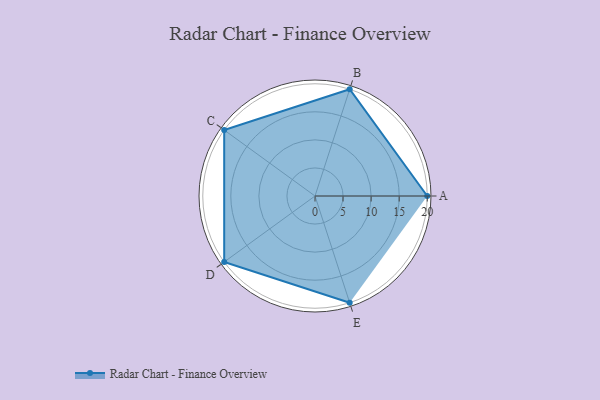
{"axis": {"x": "Skill", "y": "Score"}, "legend": ["Profile"], "data": [{"x": "A", "y": 20, "type": "Profile"}, {"x": "B", "y": 20, "type": "Profile"}, {"x": "C", "y": 20, "type": "Profile"}, {"x": "D", "y": 20, "type": "Profile"}, {"x": "E", "y": 20, "type": "Profile"}]}